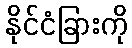
နိုင်ငံခြားကို